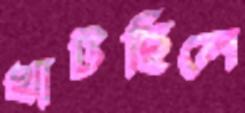
খাটছিলে